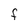
Character: F